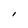
Character: I